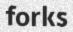
forks